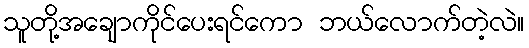
သူတို့အချောကိုင်ပေးရင်ကော ဘယ်လောက်တဲ့လဲ။